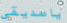
ياصديقى